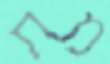
מת